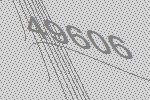
49606